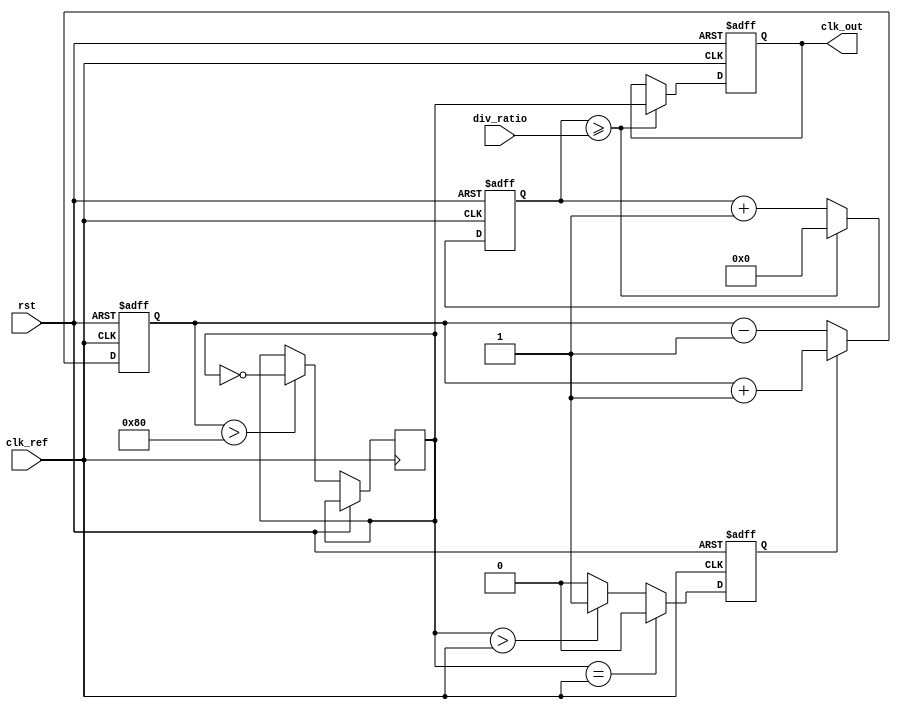
module PLL (
    input wire clk_ref,        // Reference Clock Input
    input wire rst,            // Reset Signal
    input wire [3:0] div_ratio,// Division Ratio for Frequency Divider
    output reg clk_out         // Output Clock Signal
);

// Phase Detector (PD)
reg phase_error; // Phase Error Signal (1-bit for simplicity)

// Loop Filter (LF)
reg [7:0] filter_output; // Output of Loop Filter (8-bit for control voltage)

// Voltage-Controlled Oscillator (VCO)
reg [7:0] vco_count; // Count for VCO frequency generation
reg vco_clk; // VCO Output Clock

// Frequency Divider
reg [3:0] div_count; // Counter for Frequency Division

// Clock Generation
always @(posedge clk_ref or posedge rst) begin
    if (rst) begin
        vco_count <= 8'd0;
        div_count <= 4'd0;
        clk_out <= 1'b0;
        phase_error <= 1'b0;
        filter_output <= 8'd0;
    end else begin
        // Phase Detector Logic (Simple)
        // Compare VCO output with Reference Clock
        if (vco_clk == clk_ref) 
            phase_error <= 1'b0; // In Phase
        else if (vco_clk > clk_ref) 
            phase_error <= 1'b1; // VCO leads Reference
        else 
            phase_error <= 1'b0; // VCO lags Reference

        // Loop Filter Logic (Simple)
        // Update filter output based on phase error
        if (phase_error) 
            filter_output <= filter_output + 1; // Increase control voltage
        else 
            filter_output <= filter_output - 1; // Decrease control voltage

        // VCO Logic
        // Generate VCO clock based on filter output
        if (filter_output > 8'd128) begin
            vco_clk <= ~vco_clk; // Toggle VCO clock
        end

        // Frequency Divider Logic
        div_count <= div_count + 1;
        if (div_count >= div_ratio) begin
            clk_out <= vco_clk; // Output the divided VCO clock
            div_count <= 4'd0; // Reset divider count
        end
    end
end

endmodule